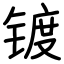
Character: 镀